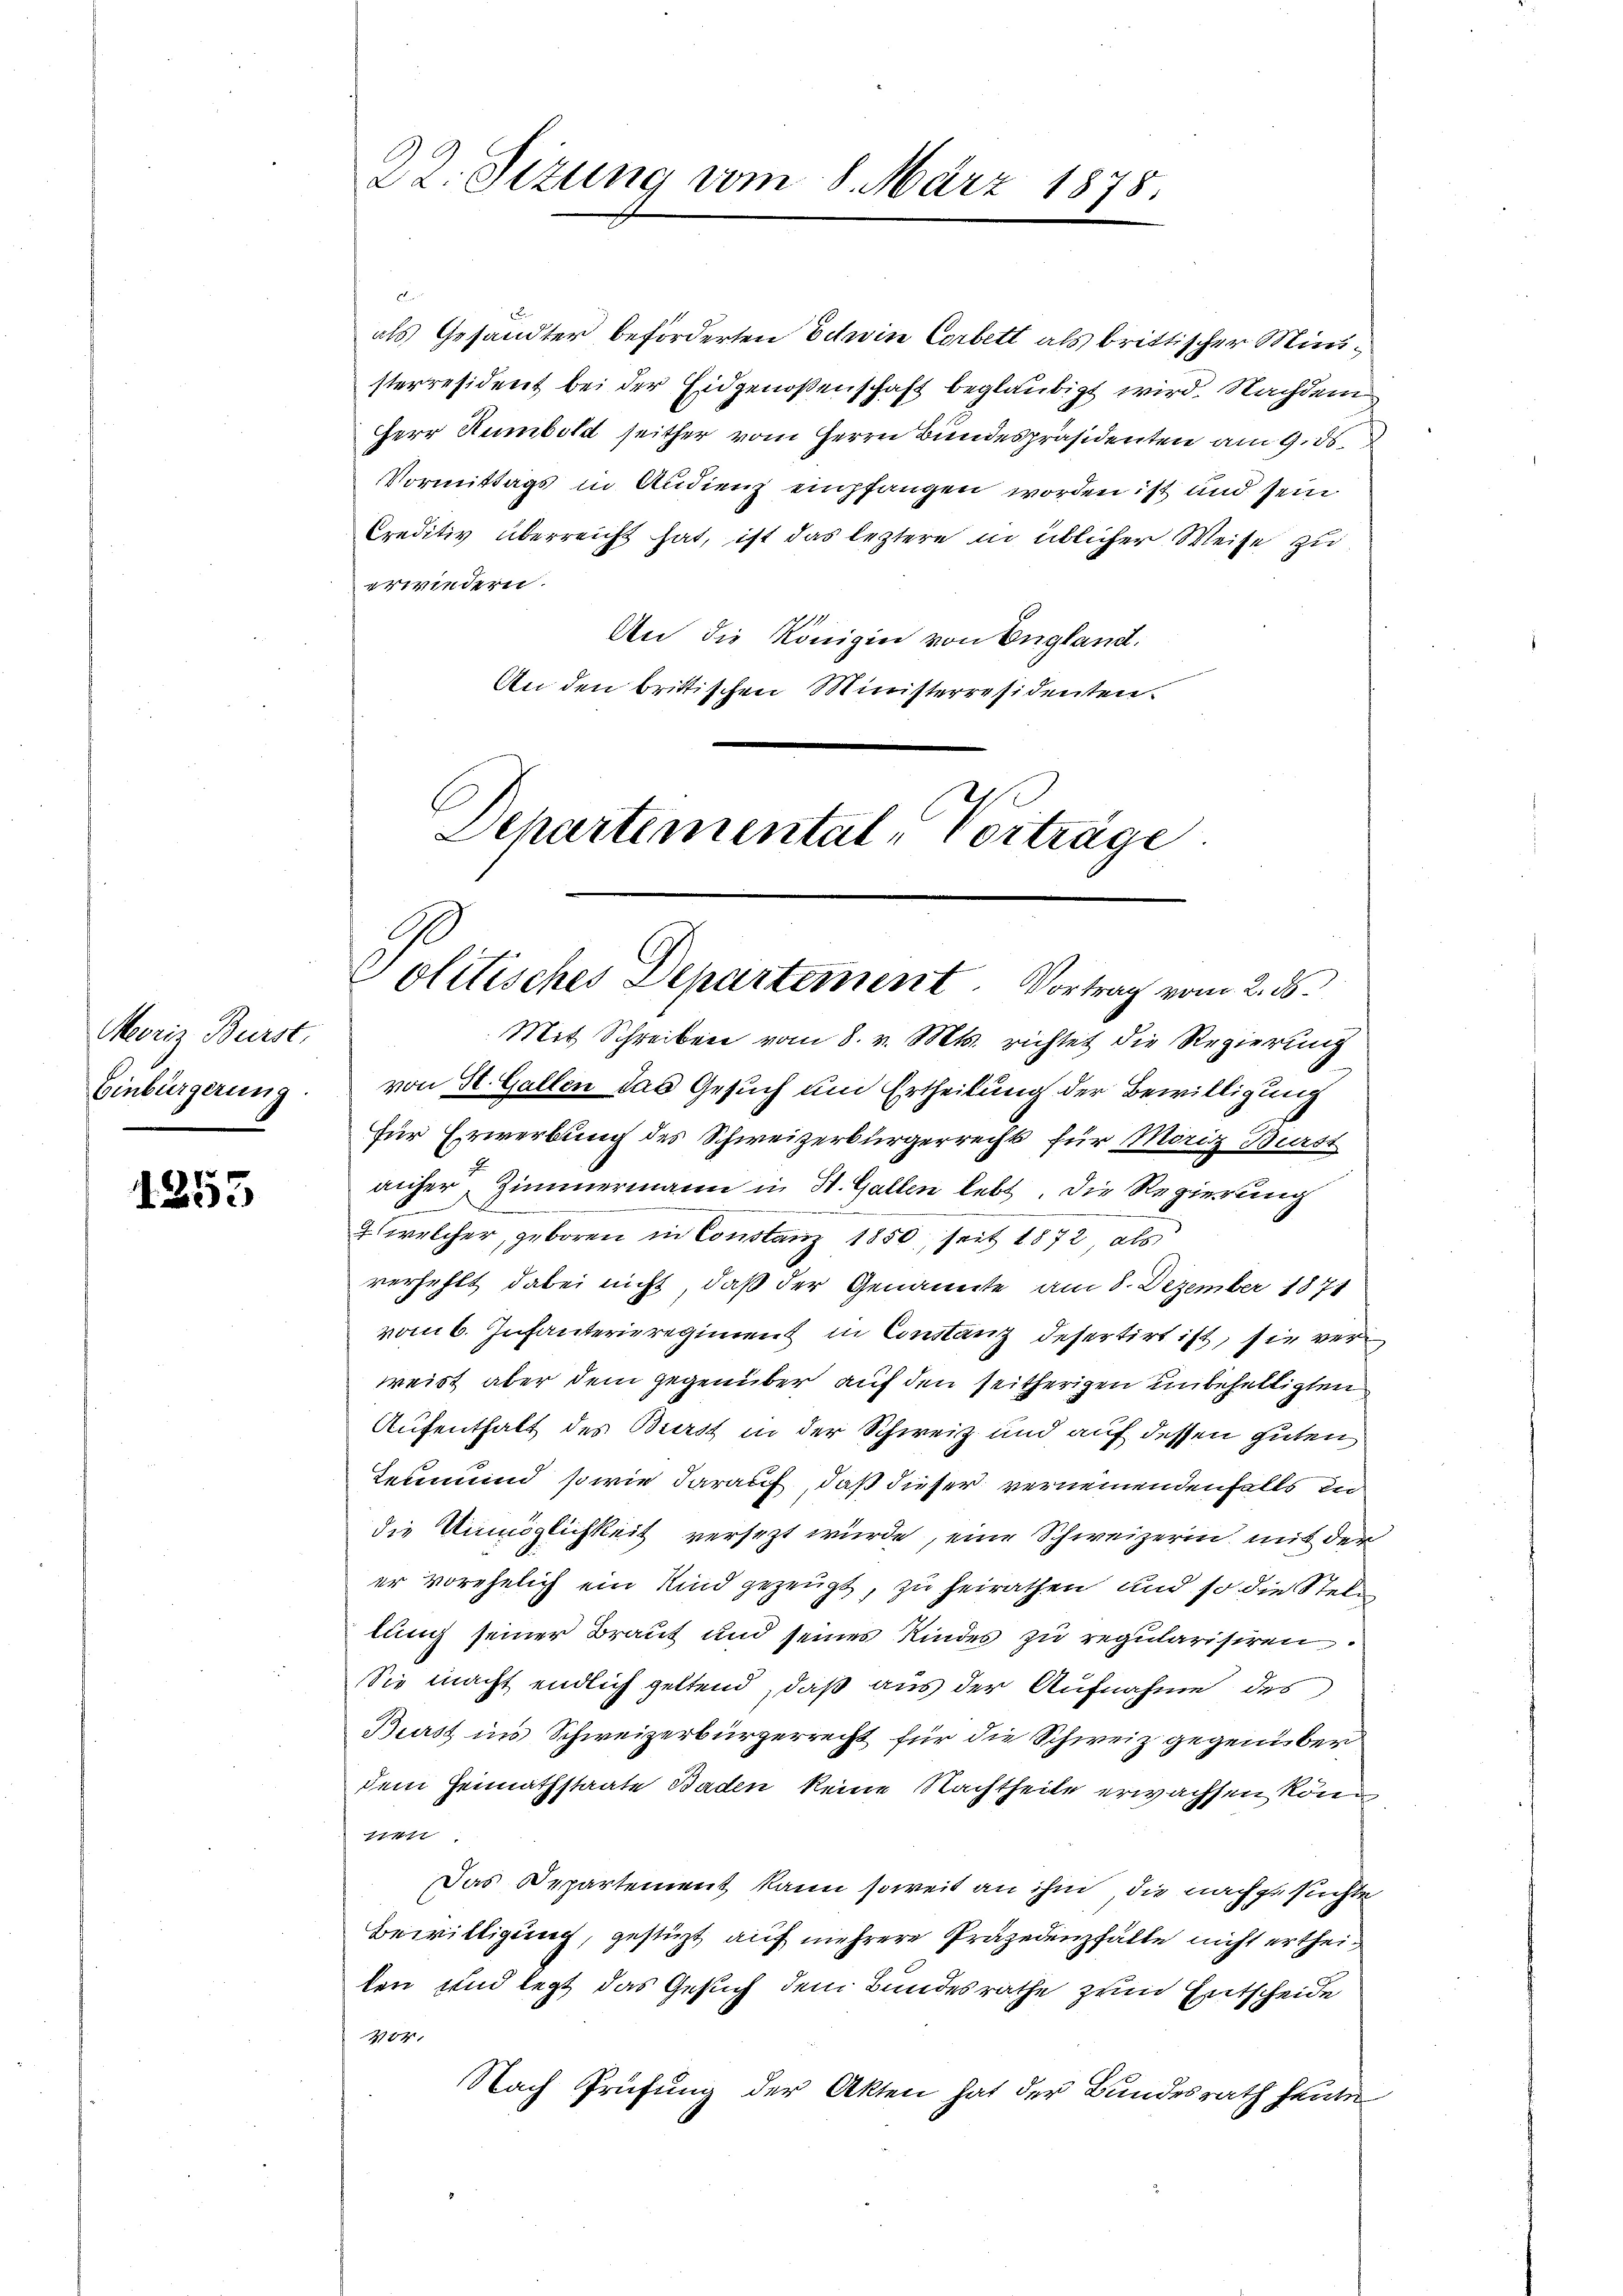
Moriz Burst,
Einbürgerung.

1253

E
erwiedern.
An die Königin von England.
An den brittischen Ministerresidenten.
Departemental-Vorträge.

22. Sizung vom 8. März 1878.

Politisches Departement. Vortrag vom 2. 5.

Mit Schreiben vom 8. v. Mts. richtet die Regierung
von St. Gallen das Gesuch um Ertheilung der Bewilligung
Für Erwerbung des Schweizerbürgerrecht für Moriz Burst
auher, Zimmermann in St. Gallen lebt, die Regierung
 welcher, geboren in Constanz 1850, seit 1872 als
verfehlt dabei nicht, daß der Genannte am 8. Dezember 1871
vom 6. Infanterieregiment in Constanz desertirt ist, sie verweist aber dem gegenüber auf den seitherigen unbehaltigten
Aufenthalt des Burst in der Schweiz und auf dessen guten
Leumund sowie darauf, daß dieser vernemendenfalls in
die Unmöglichkeit versezt wurde, eine Schweizerin, mit der
er vorehelich ein Kind gezeugt, zu heirathen und so die Stellen
lung seiner Braut und seines Kindes zu regularisiren.
Sie macht endlich geltend, daß aus der Aufnahme des
Burst ins Schweizerbürgerrecht für die Schweiz gegenüber
dem Heimathstaate Baden keine Nachtheite erwachsen könn
21417.
Das Departement kann soweit an ihm die nachgesuchte
Bewilligung, gestüzt auf mehrere Präjedenzfälle nicht ertheiten und legt das Gesuch dem Bundesrathe zum Entscheide
404.
Nach Prüfung der Akten hat der Bundesrath heute

als Gesandter beförderten Edwin Corbett als brittischer Ministerresident bei der Eidgenoßenschaft beglaubigt wird. Nachdem
Herr Humbold seither vom Herrn Bundespräsidenten am 9. ds.
Vormittags in Audienz empfangen worden ist und sein
Creditiv überreicht hat, ist das leztere in üblicher Weise zu